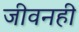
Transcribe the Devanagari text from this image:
जीवनही